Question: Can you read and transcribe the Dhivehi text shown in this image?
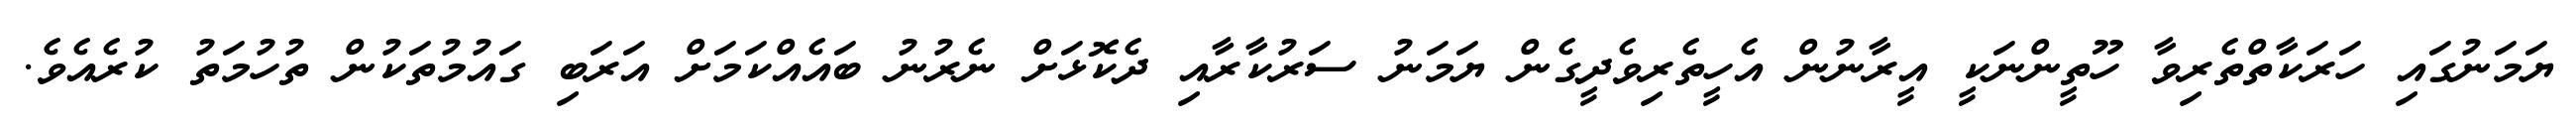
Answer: ޔަމަނުގައި ހަރަކާތްތެރިވާ ހޫތީންނަކީ އީރާނުން އެހީތެރިވެދީގެން ޔަމަނު ސަރުކާރާއި ދެކޮޅަށް ނެރުނު ބައެއްކަމަށް އަރަބި ގައުމުތަކުން ތުހުމަތު ކުރެއެވެ.